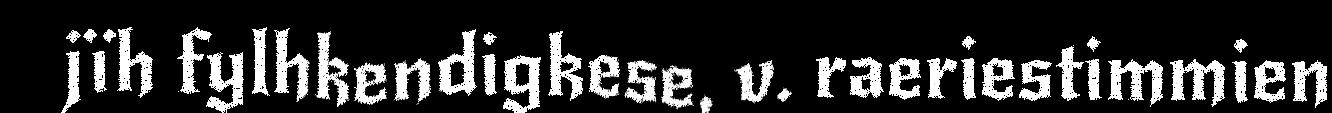
jïh fylhkendigkese, v. raeriestimmien